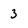
Character: 3